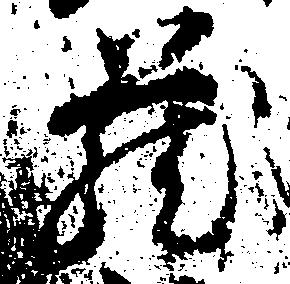
蔵